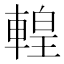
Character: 𨍧